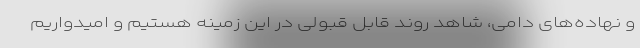
و نهاده‌های دامی، شاهد روند قابل قبولی در این زمینه هستیم و امیدواریم